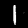
Label: 1